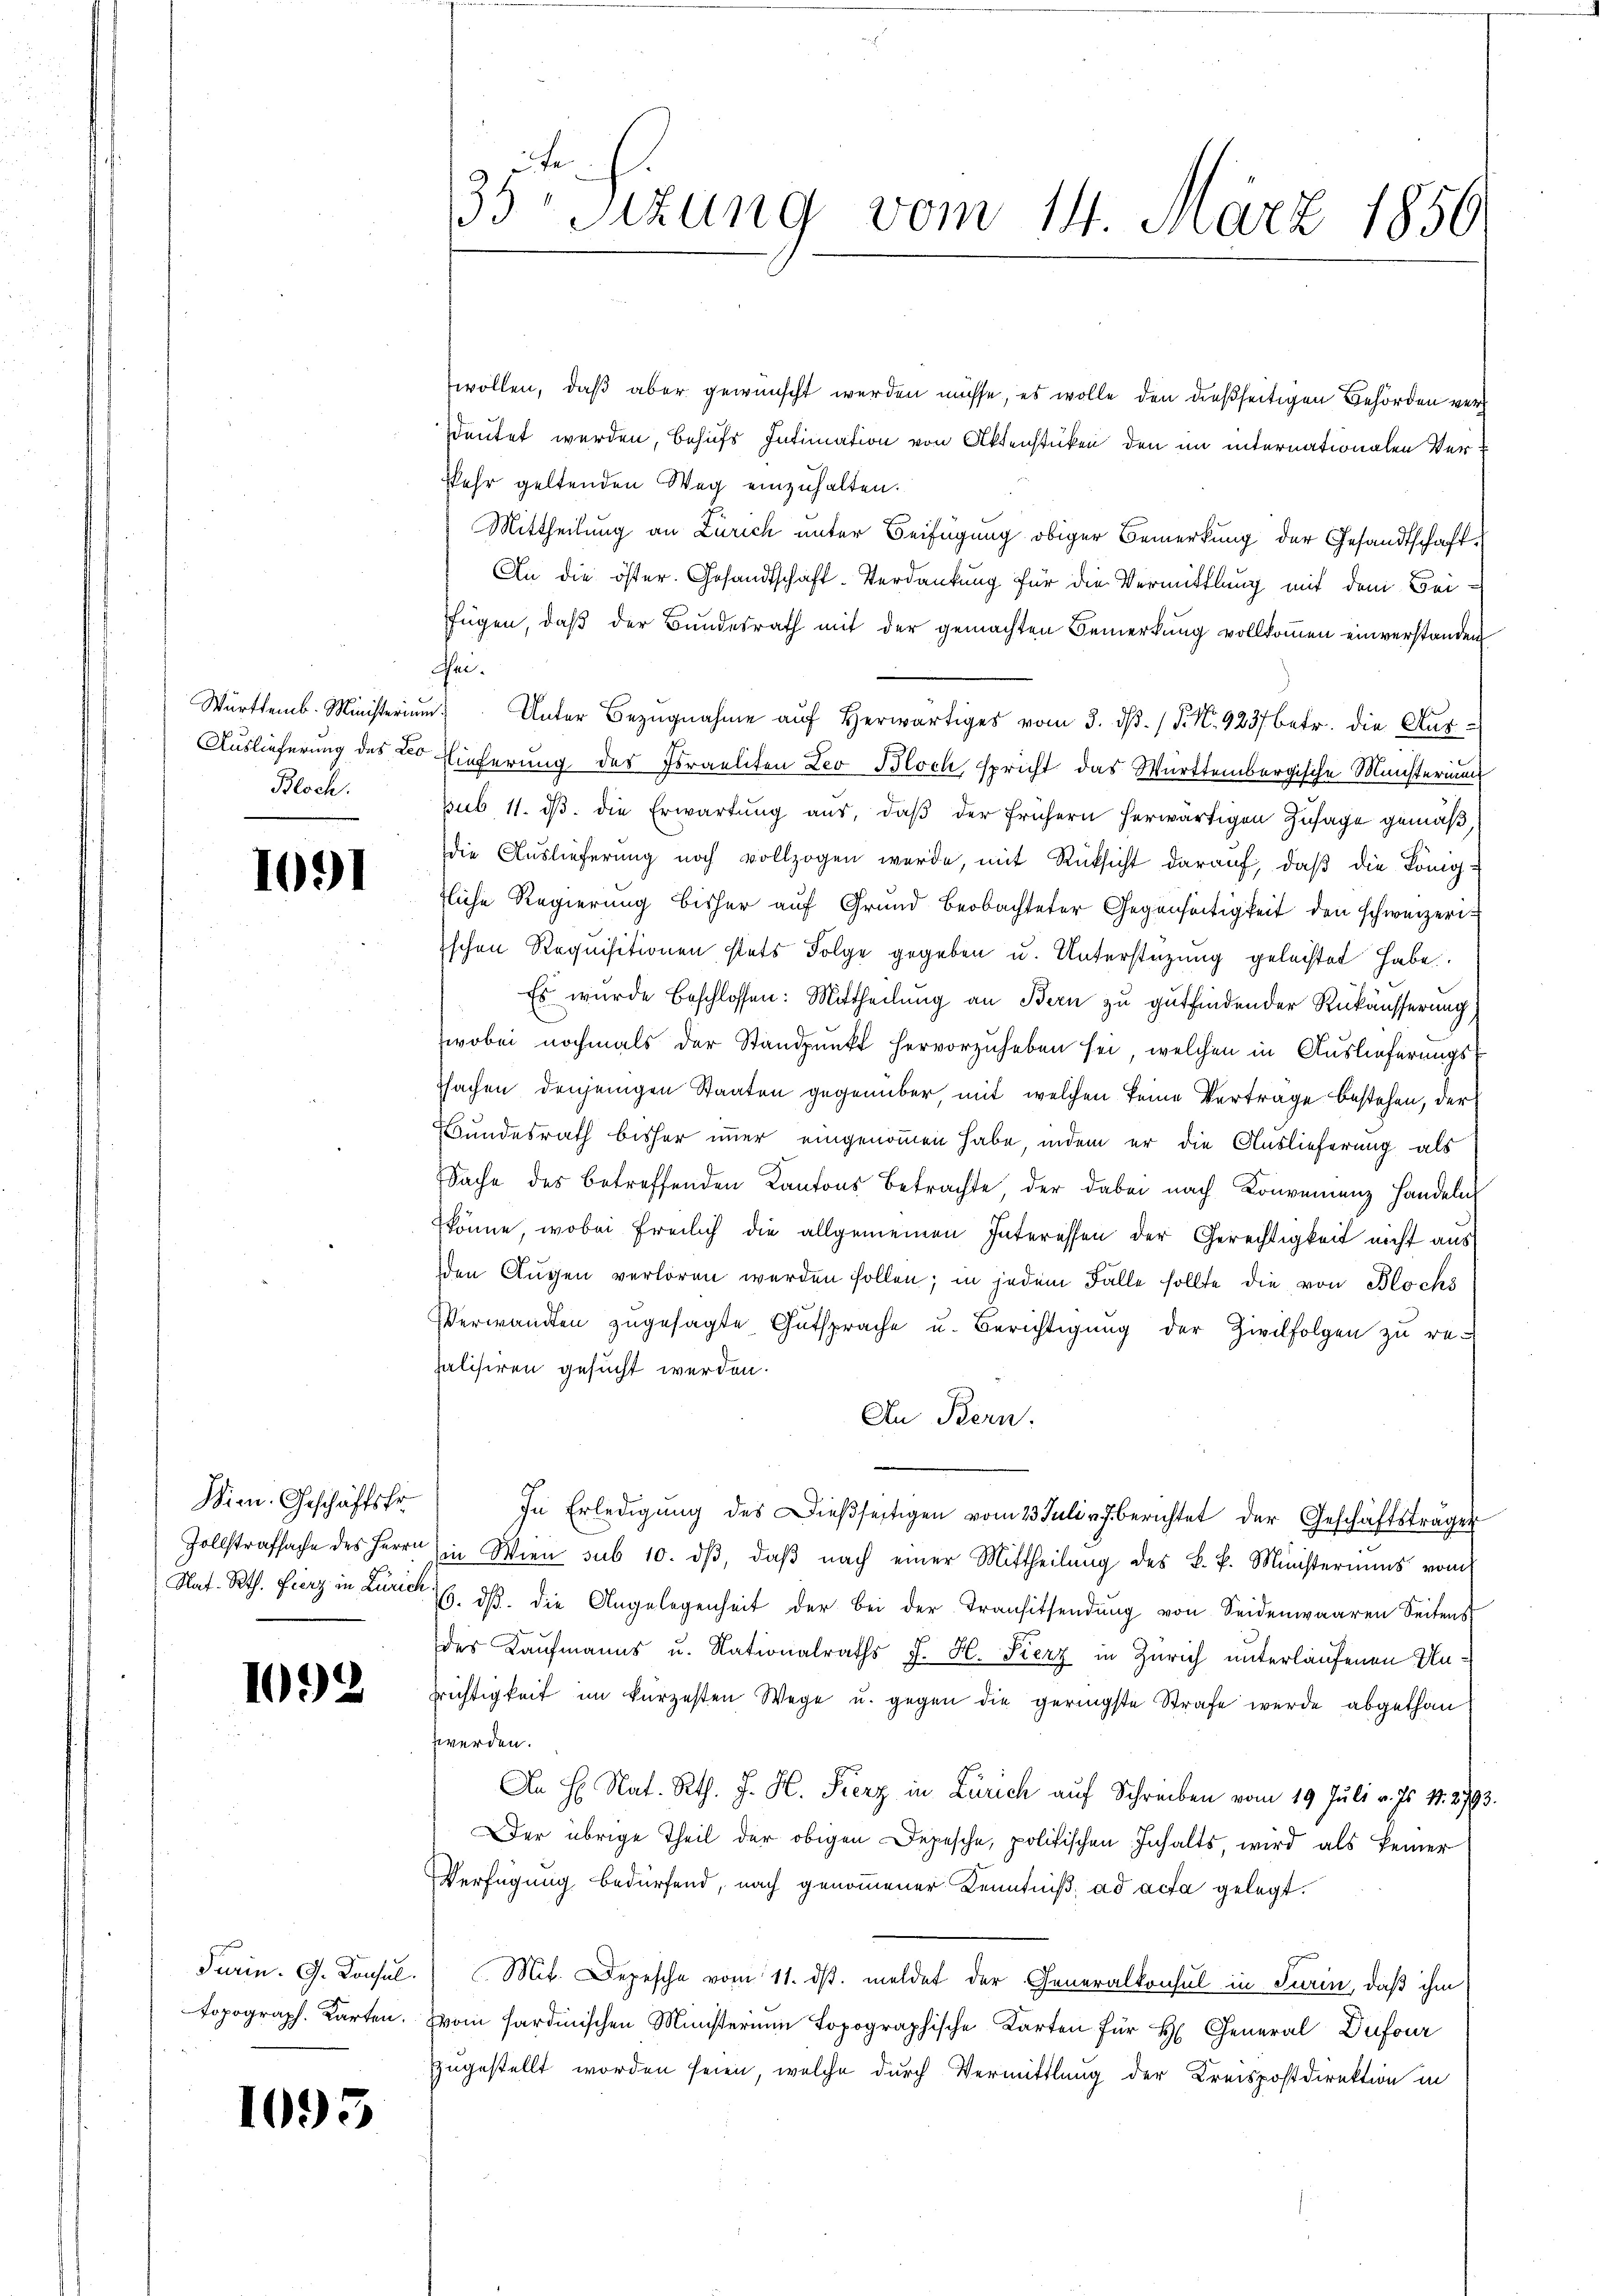
Württemb. Ministerium
Auslieferung des Leo
Bloch.

1091

Wien. Geschäftskr
Zollstrafsache des Herrn
Raf- Rth. Fierz in Zürich

1092

Turin. G. Konsul
opograph. Karten.

1095

35te Sizung vom 14. März 1850.

wollen, daß aber gewünscht werden müsse, es wolle den dießseitigen Behörden versdeutet werden, behufs Intimation von Aktenstücken den im internationalen Verkehr geltenden Weg einzuhalten.
Mittheilung an Zürich unter Beifügung obiger Bemerkung der Gesandtschaft¬
An die öster. Gesandtschaft-Verdankung für die Vermittlung mit dem Beifügen, daß der Bundesrath mit der gemachten Bemerkung vollkommen einverstanden
hei¬
Unter Bezugnahme auf herwärtiges vom 3. dβ. /. M. 923 betr. die Aus¬
Eiferung des Israeliten Leo Bloch, spricht das Württembergische Ministerium
sub 11. dβ. die Erwartung aus, daβ der frühern herwärtigen Zusage gemäß,
die Auslieferung noch vollzogen werde, mit Rücksicht darauf, daß die König-
tliche Regierung bisher auf Grund Beobachteter Gegenseitigkeit den schweizeriischen Requisitionen stets Folge gegeben u. Unterstüzung geleistet habe.
Es wurde beschlossen: Mittheilung an Bern zu gutfindender Rükäusserung
wobei nochmals der Standpunkt hervorzuheben sei, welchen in Auslieferungsssachen denjenigen Staaten gegenüber mit welchen keine Vertrage bestehen, der
Bundesrath bisher immer eingenommen habe, indem er die Auslieferung als
Sache des betreffenden Kantons Betrachte der dabei nach Konvenienz Handeln,
könne, wobei freilich die allgemeinen Interessen der Gerechtigkeit nicht aus
den Augen verloren werden sollen; in jedem Falle sollte die von Blochs
Verwandten zugesagte Gutsprache u. Berichtigung der Zivilfolgen zu rehalisiren gesucht werden.
An Bern.
In Erledigŭng des Dieβseitigen vom 23 Juli v. J. berichtet der Geschäftsträger
in Wien sub 10. dβ, daβ nach einer Mittheilŭng des k. k. Ministeriums vom
1. ds. die Angelegenheit der bei der Transitsendung von Seidenwaaren Seitens
des Kaufmanns u. Nationalraths J. H. Fierz in Zürich unterlaufenen Unrichtigkeit im kürzesten Wege u. gegen die geringste Strafe wurde abgethan
werden.
An H. Nat. Rth. J. H. Fierz in Zürich auf Schreiben vom 19. Juli v. Js. 1. 2793.
er übrige Theil der obigen Depesche, politischen Inhalts, wird als keiner
Verfügung bedürfend, nach genommener Kenntniß, ad acta gelegt.
Mit. Depesche vom 11. ds. meldet der Generalkonsul in Turin, daß ihm
vom sardinischen Ministerium topographische Karten für H. General-Dufour
zugestellt worden seien, welche durch Vermittlung der Kreispostdirektion in